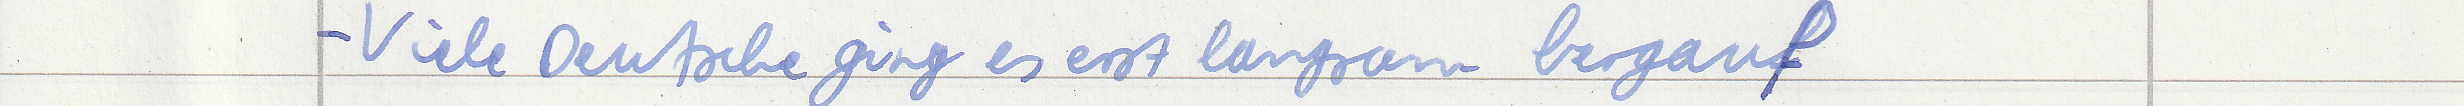
- Viele Deutsche ging es erst langsam bergauf